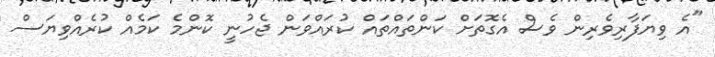
"އެ ވިޔަފާރިވެރިން ވެސް އެގޮތަށް ކަންތައްތައް ކުރައްވަން ޖެހުނީ ކޮންމެ ކަމެއް ކުރެއްވިޔަސް